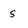
Character: s